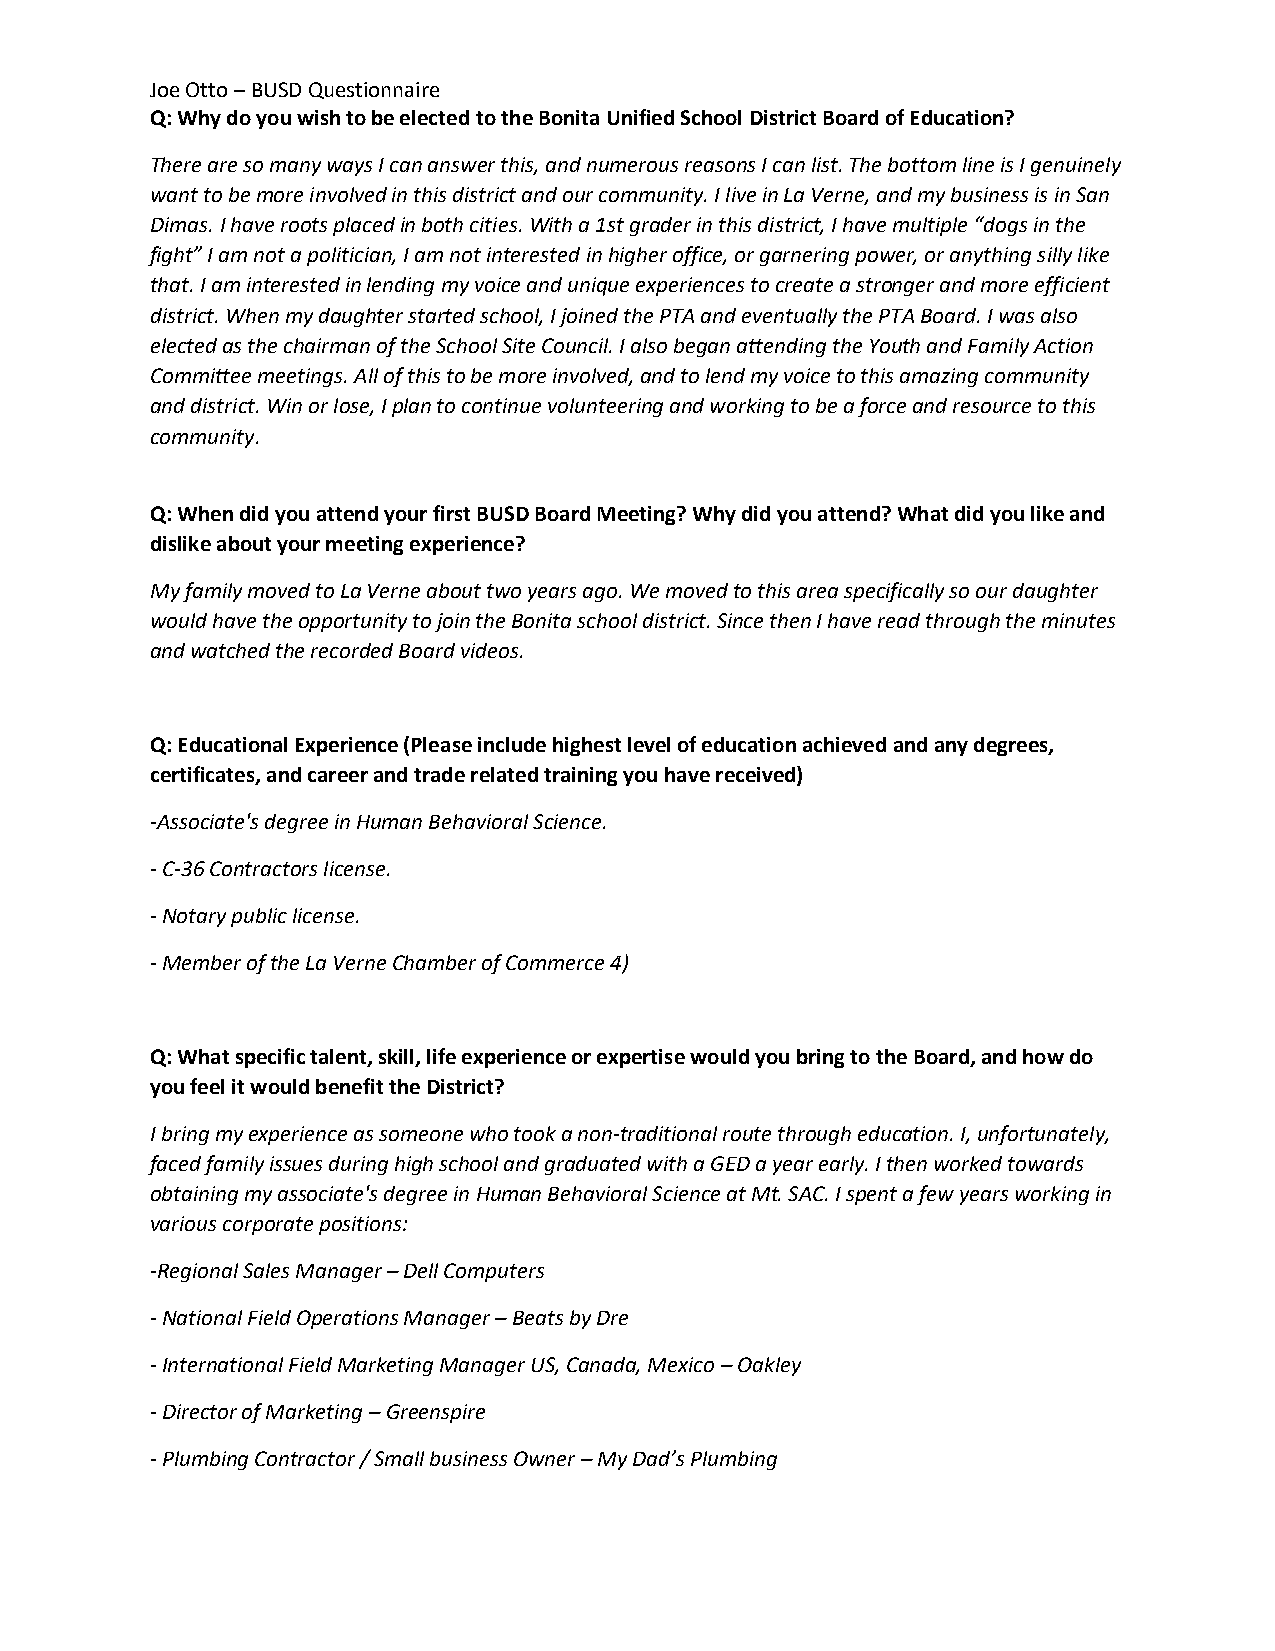
Joe Otto – BUSD Questionnaire
 Q: Why do you wish to be elected to the Bonita Unified School District Board of Education?
 There are so many ways I can answer this, and numerous reasons I can list. The bottom line is I genuinely
 want to be more involved in this district and our community. I live in La Verne, and my business is in San
 Dimas. I have roots placed in both cities. With a 1st grader in this district, I have multiple “dogs in the
 fight” I am not a politician, I am not interested in higher office, or garnering power, or anything silly like
 that. I am interested in lending my voice and unique experiences to create a stronger and more efficient
 district. When my daughter started school, I joined the PTA and eventually the PTA Board. I was also
 elected as the chairman of the School Site Council. I also began attending the Youth and Family Action
 Committee meetings. All of this to be more involved, and to lend my voice to this amazing community
 and district. Win or lose, I plan to continue volunteering and working to be a force and resource to this
 community.
 Q: When did you attend your first BUSD Board Meeting? Why did you attend? What did you like and
 dislike about your meeting experience?
 My family moved to La Verne about two years ago. We moved to this area specifically so our daughter
 would have the opportunity to join the Bonita school district. Since then I have read through the minutes
 and watched the recorded Board videos.
 Q: Educational Experience (Please include highest level of education achieved and any degrees,
 certificates, and career and trade related training you have received)
 -Associate's degree in Human Behavioral Science.
 - C-36 Contractors license.
 - Notary public license.
 - Member of the La Verne Chamber of Commerce 4)
 Q: What specific talent, skill, life experience or expertise would you bring to the Board, and how do
 you feel it would benefit the District?
 I bring my experience as someone who took a non-traditional route through education. I, unfortunately,
 faced family issues during high school and graduated with a GED a year early. I then worked towards
 obtaining my associate's degree in Human Behavioral Science at Mt. SAC. I spent a few years working in
 various corporate positions:
 -Regional Sales Manager – Dell Computers
 - National Field Operations Manager – Beats by Dre
 - International Field Marketing Manager US, Canada, Mexico – Oakley
 - Director of Marketing – Greenspire
 - Plumbing Contractor / Small business Owner – My Dad’s Plumbing